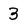
Character: 3